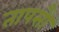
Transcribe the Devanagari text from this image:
तापसौ